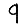
Digit: 9